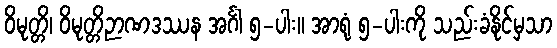
ဝိမုတ္တိ၊ ဝိမုတ္တိဉာဏဒဿန အင်္ဂါ ၅-ပါး။ အာရုံ ၅-ပါးကို သည်းခံနိုင်မှသာ